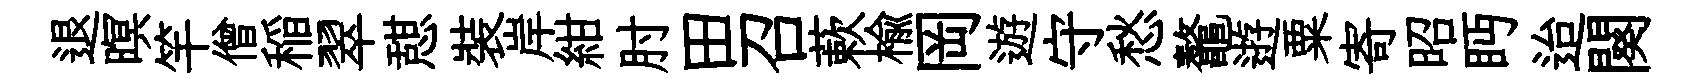
退暝竿僧稲翠憇裝岸紺肘田召蔌榆岡遊守愁鼇逰粟寄昭眄迨闋